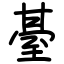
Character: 䑓